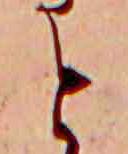
と